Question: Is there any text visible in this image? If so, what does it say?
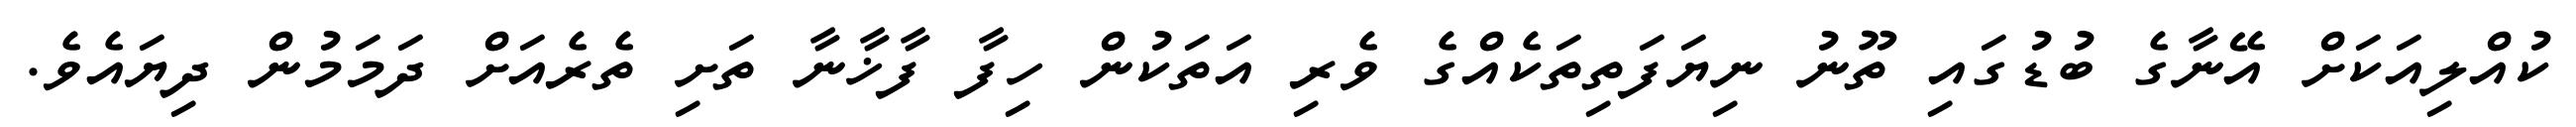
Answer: ކުއްލިއަކަށް އޭނާގެ ބުޑުގައި ތޫނު ނިޔަފަތިތަކެއްގެ ވެރި އަތަކުން ހިފާ ފާޚާނާ ތަށި ތެރެއަށް ދަމަމުން ދިޔައެވެ.